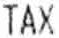
TAX